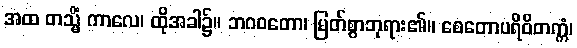
အထ တသ္မိံ ကာလေ၊ ထိုအခါ၌။ ဘဂဝတော၊ မြတ်စွာဘုရား၏။ စေတောပရိဝိတက္ကံ၊